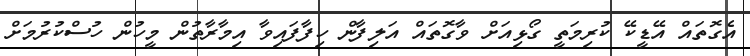
އެގޮތައް އޭޑީކޭ ކުރިމަތީ ގޯޅިއަށް ވާގޮތައް އަލިފާން ހިފާފައިވާ އިމާރާތުން މީހުން ހުސްކުރުމަށް